Senior Leaving Certificate Examination (including Day School Certificate (Higher) General paper), 1949
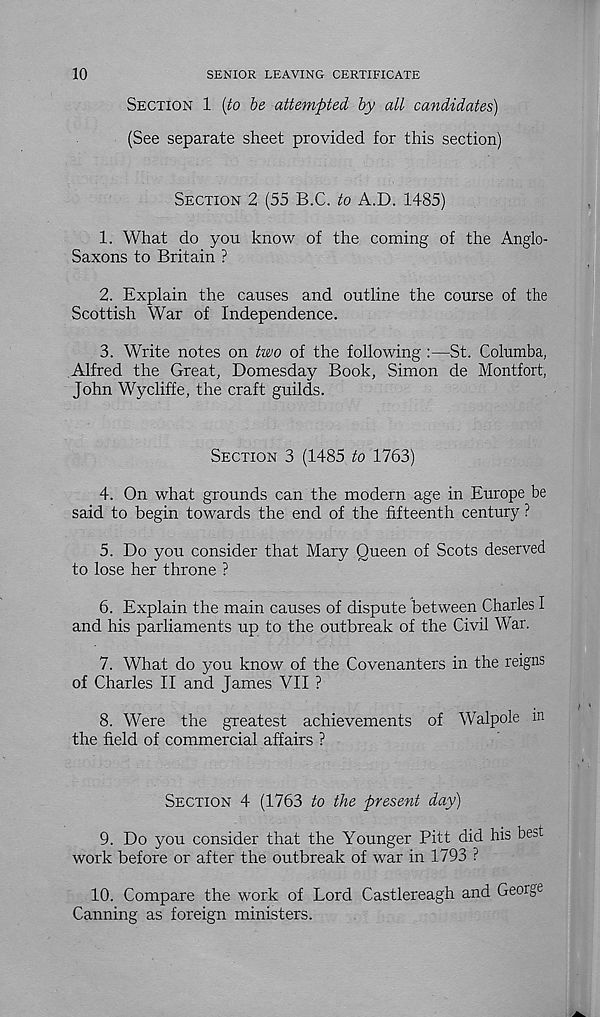
10
SENIOR LEAVING CERTIFICATE
SECTION 1 {to be attempted by all candidates)
(See separate sheet provided for this section)
SECTION 2 (55 B.C. to A.D. 1485)
1. What do you know of the coming of the Anglo-
Saxons to Britain ?
2. Explain the causes and outline the course of the
Scottish War of Independence.
3. Write notes on two of the following :—St. Columba,
Alfred the Great, Domesday Book, Simon de Montfort,
John Wycliffe, the craft guilds.
SECTION 3 (1485 to 1763)
4. On what grounds can the modern age in Europe be
said to begin towards the end of the fifteenth century ?
5. Do you consider that Mary Queen of Scots deserved
to lose her throne ?
6. Explain the main causes of dispute between Charles I
and his parliaments up to the outbreak of the Civil War.
7. What do you know of the Covenanters in the reigns
of Charles II and James VII ?
8. Were the greatest achievements of Walpole m
the field of commercial affairs ?
SECTION 4 (1763 to the present day)
9.
Do you consider that the You
work before or after the outbreak of war in 1793 ?
10.
Compare the work of Lord C
Canning as foreign ministers.